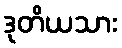
ဒုတိယသား